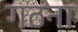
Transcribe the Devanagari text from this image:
गठना